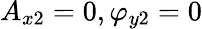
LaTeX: A_{x2}=0,\varphi_{y2}=0